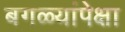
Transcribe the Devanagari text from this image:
बगळ्यांपेक्षा